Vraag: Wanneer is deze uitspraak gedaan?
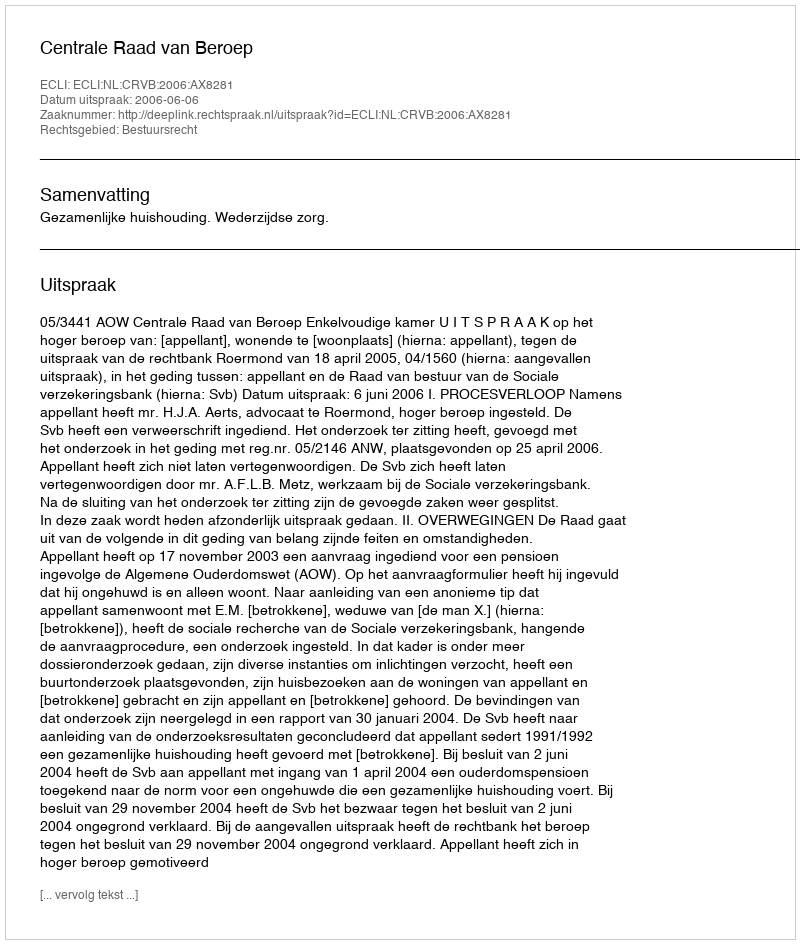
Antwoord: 2006-06-06